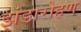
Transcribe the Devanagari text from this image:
झंडारोहण